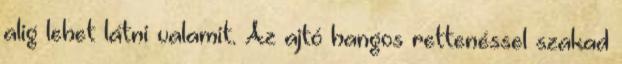
alig lehet látni valamit. Az ajtó hangos rettenéssel szakad